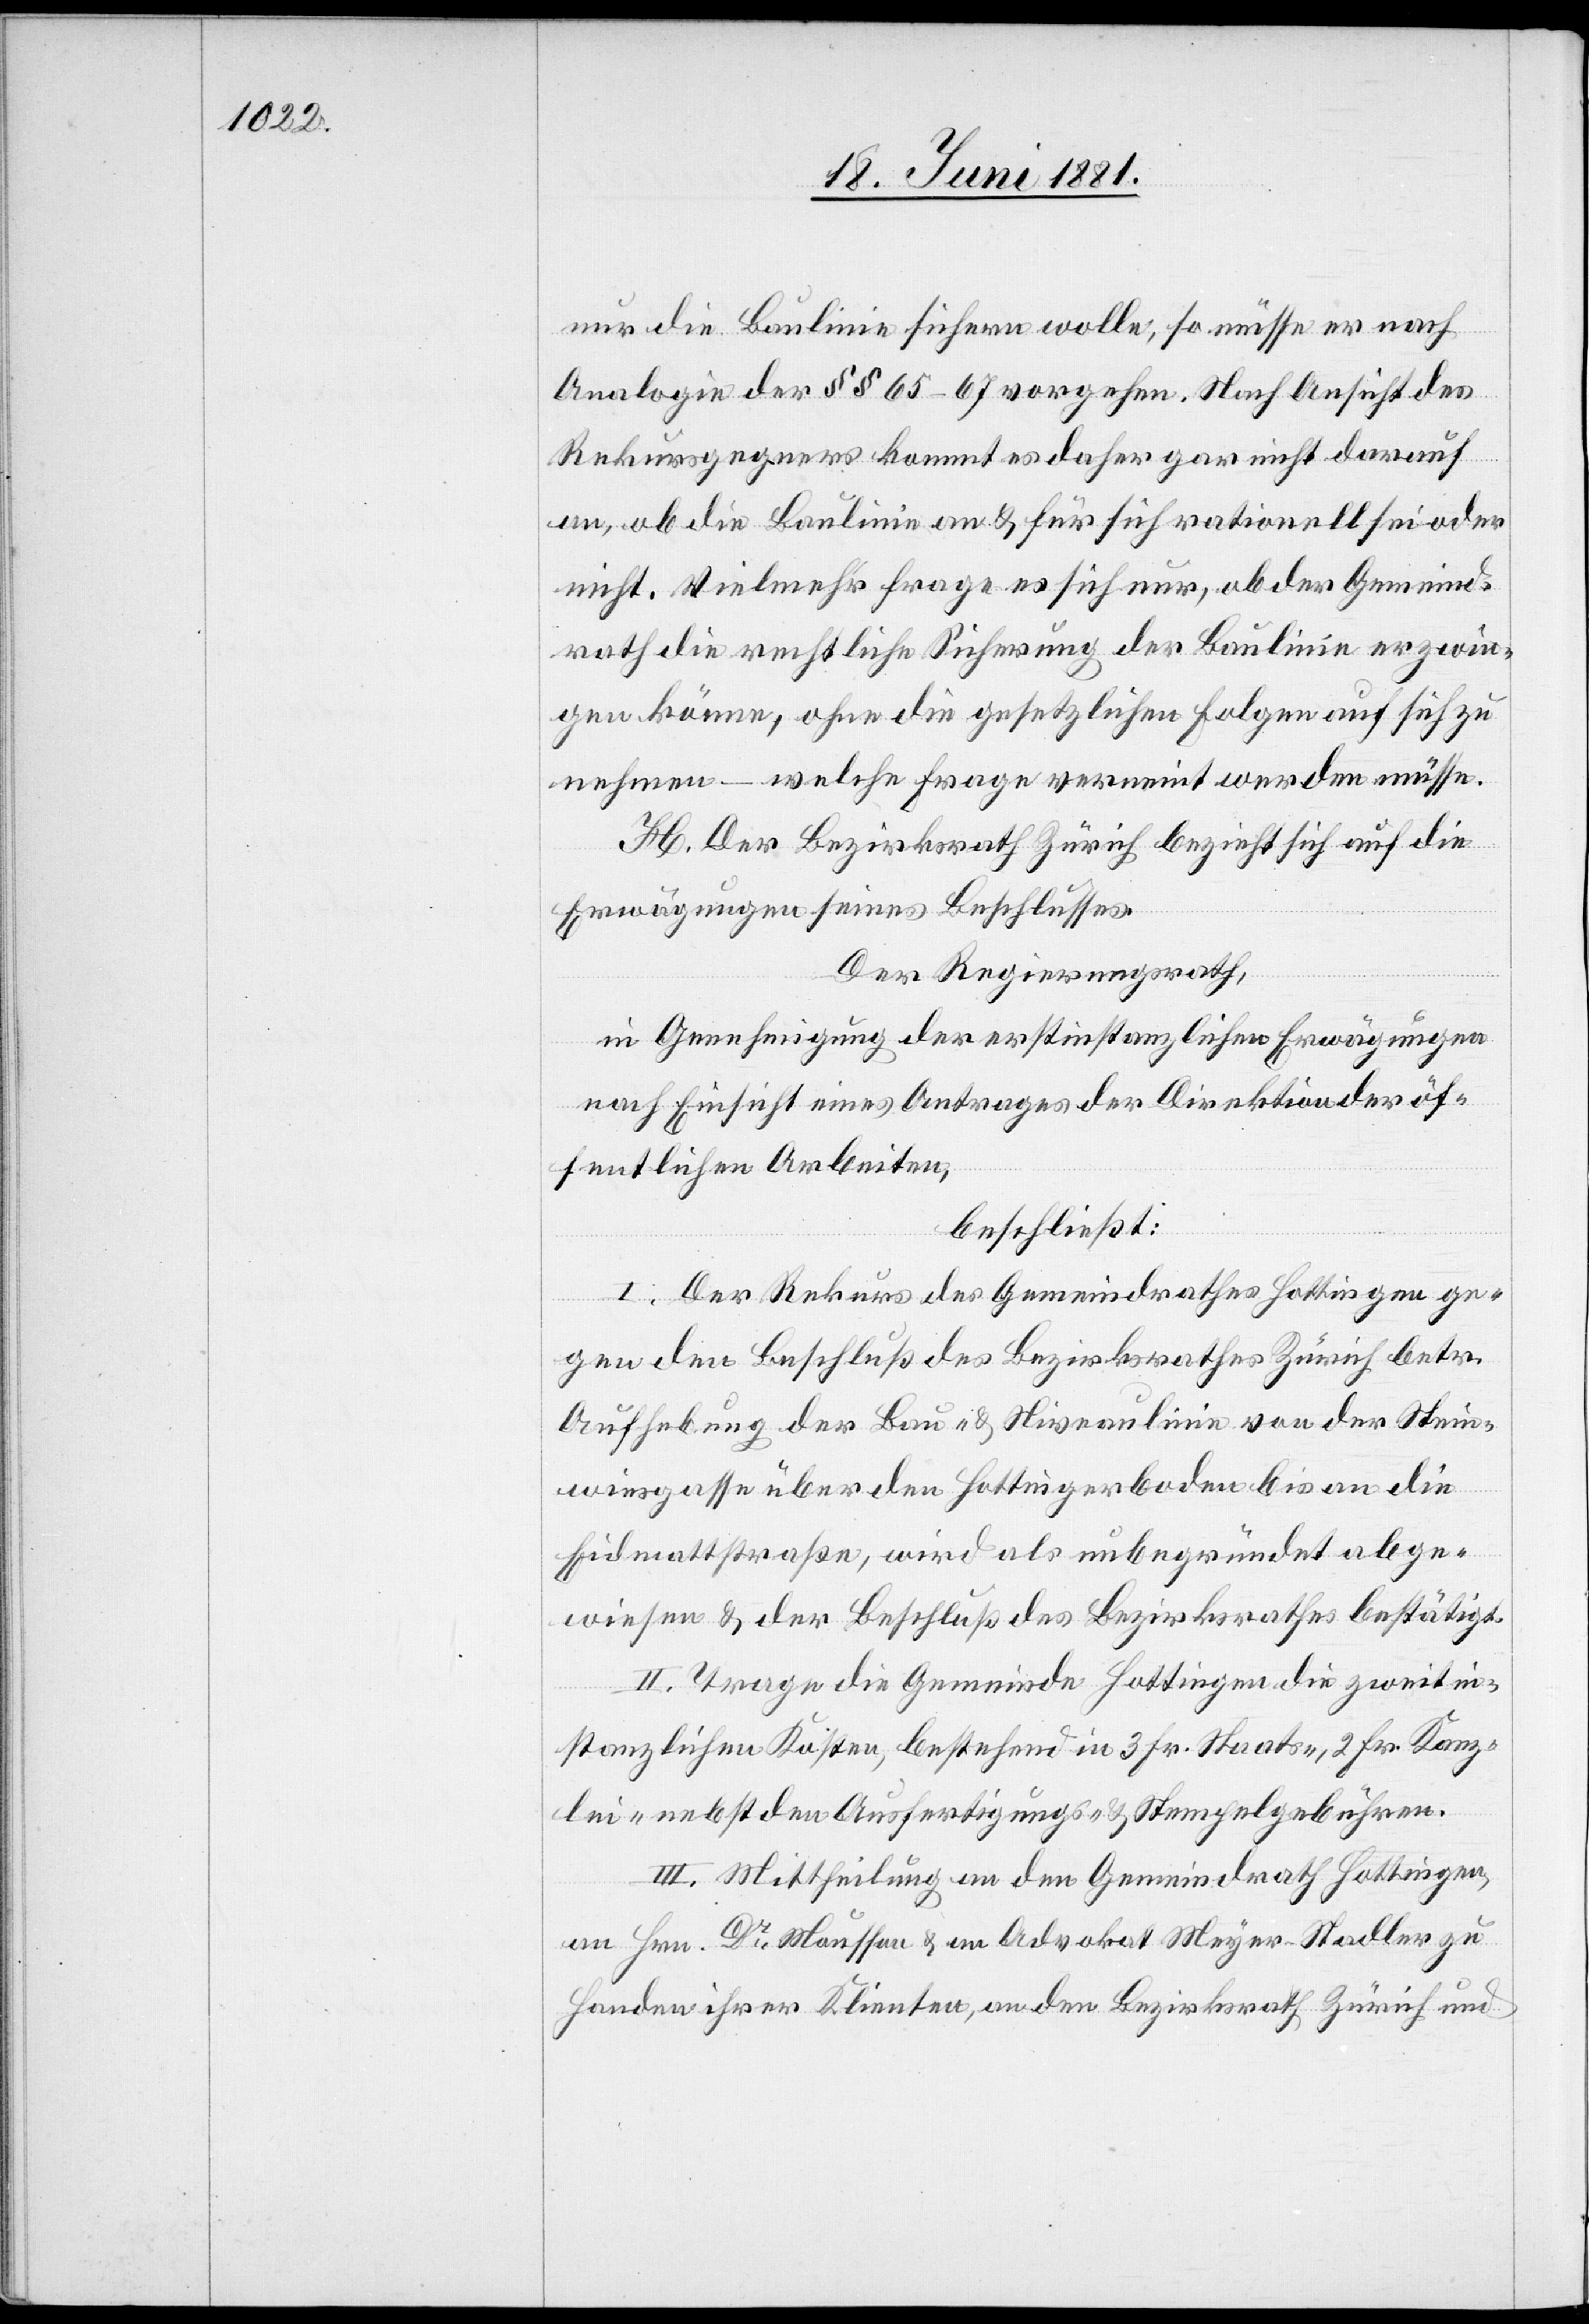
nur die Baulinie sichern wolle, so müsse er nach
Analogie der §§ 65–67 vorgehen. Nach Ansicht des
Rekursgegners kommt es daher gar nicht darauf
an, ob die Baulinie an & für sich rationell sei oder
nicht. Vielmehr frage es sich nur, ob der Gemeind¬
rath die rechtliche Sicherung der Baulinie erzwin¬
gen könne, ohne die gesetzlichen Folgen auf sich zu
nehmen – welche Frage verneint werden müsse.
H. Der Bezirksrath Zürich bezieht sich auf die
Erwägungen seines Beschlusses.
Der Regierungsrath,
in Genehmigung der erstinstanzlichen Erwägungen
nach Einsicht eines Antrages der Direktion der öf¬
fentlichen Arbeiten,
beschließt:
I. Der Rekurs des Gemeindrathes Hottingen ge¬
gen den Beschluß des Bezirksrathes Zürich betr.
Aufhebung der Bau- & Niveaulinie von der Stein¬
wiesgasse [recte: Steinwiesstrasse] über den
Eidmattstraße, wird als unbegründet abge¬
wiesen & der Beschluß des Bezirksrathes bestätigt.
II. Trage die Gemeinde Hottingen die zweitin¬
stanzlichen Kosten, bestehend in 3 Fr. Staats-, 2 Fr. Kanz¬
lei- nebst den Ausfertigungs- & Stempelgebühren.
III. Mittheilung an den Gemeindrath Hottingen,
an Hrn. Dr Mousson & an Advokat Meyer-Stadler zu
Handen ihrer Klienten, an den Bezirksrath Zürich und